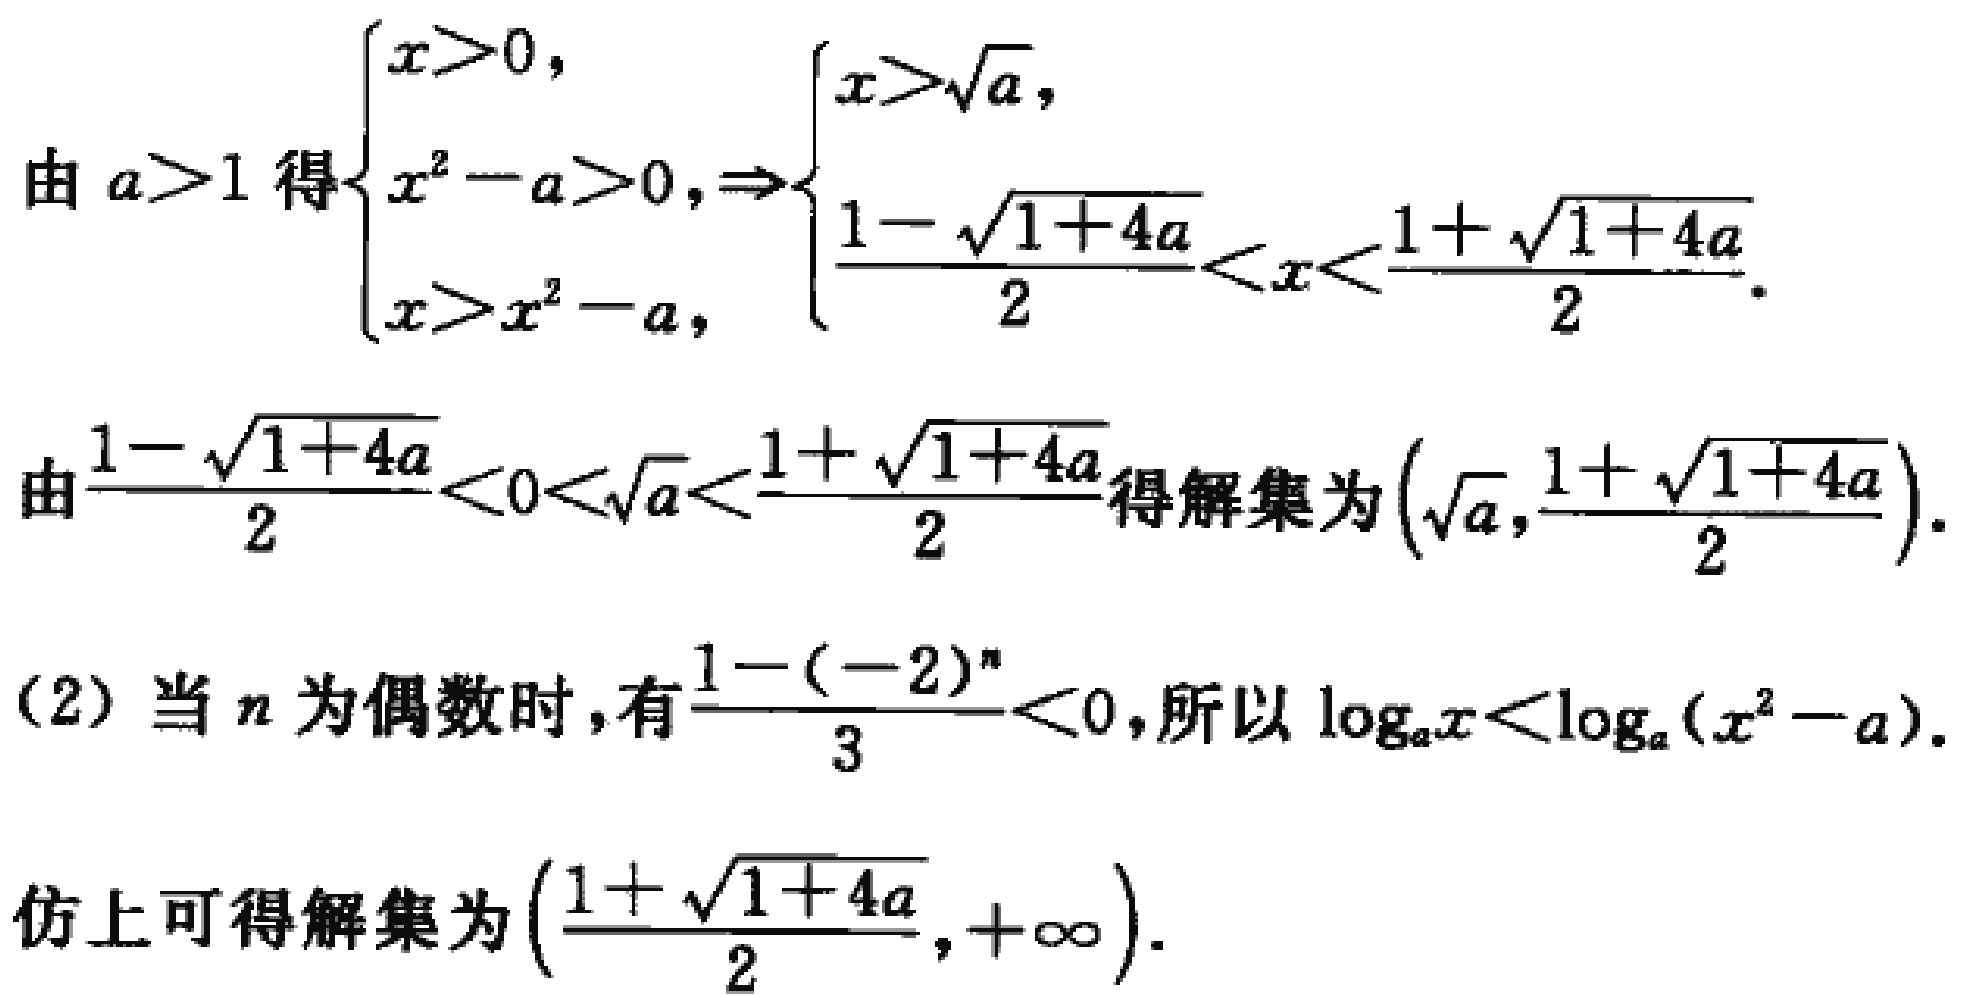
由 \(a > 1\) 得\(\begin{cases}x>0, \\x^{2}-a > 0, \\x>x^{2}-a,\end{cases}\Rightarrow\begin{cases}x>\sqrt{a}, \\\frac{1 - \sqrt{1 + 4a}}{2}<x<\frac{1+\sqrt{1 + 4a}}{2}.\end{cases}\)
由\(\frac{1 - \sqrt{1 + 4a}}{2}<0<\sqrt{a}<\frac{1+\sqrt{1 + 4a}}{2}\)得解集为\((\sqrt{a},\frac{1+\sqrt{1 + 4a}}{2})\).
(2) 当 \(n\) 为偶数时，有\(\frac{1-(-2)^{n}}{3}<0\)，所以 \(\log_{a}x<\log_{a}(x^{2}-a)\).
仿上可得解集为\((\frac{1+\sqrt{1 + 4a}}{2},+\infty)\).